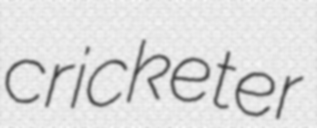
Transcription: cricketer